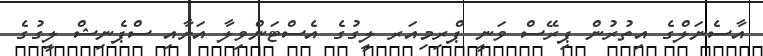
އާސެނަލްގެ އިތުރުން ޕިރޭސް ވަނީ ޕްރިމިއަރ ލީގުގެ އެސްޓަންވިލާ އަށާއި ސްޕެނިޝް ލީގުގެ